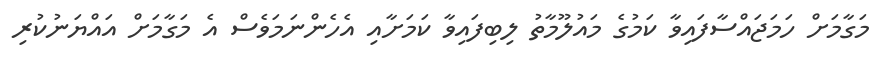
މަގާމަށް ހަމަޖައްސާފައިވާ ކަމުގެ މައުލޫމާތު ލިބިފައިވާ ކަމަށާއި އެހެންނަަމަވެސް އެ މަގާމަށް އައްޔަނުކުރި